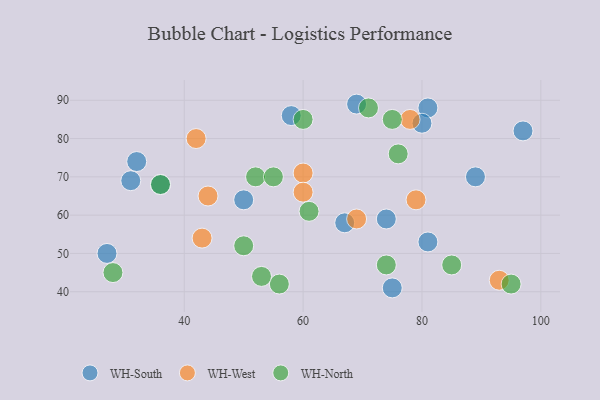
{"axis": {"x": "GDP", "y": "Life Expectancy"}, "legend": ["WH-North", "WH-South", "WH-West"], "data": [{"x": "67", "y": 58, "type": "WH-South"}, {"x": "81", "y": 88, "type": "WH-South"}, {"x": "75", "y": 41, "type": "WH-South"}, {"x": "69", "y": 89, "type": "WH-South"}, {"x": "27", "y": 50, "type": "WH-South"}, {"x": "89", "y": 70, "type": "WH-South"}, {"x": "36", "y": 68, "type": "WH-South"}, {"x": "80", "y": 84, "type": "WH-South"}, {"x": "58", "y": 86, "type": "WH-South"}, {"x": "81", "y": 53, "type": "WH-South"}, {"x": "31", "y": 69, "type": "WH-South"}, {"x": "50", "y": 64, "type": "WH-South"}, {"x": "97", "y": 82, "type": "WH-South"}, {"x": "32", "y": 74, "type": "WH-South"}, {"x": "74", "y": 59, "type": "WH-South"}, {"x": "79", "y": 64, "type": "WH-West"}, {"x": "93", "y": 43, "type": "WH-West"}, {"x": "60", "y": 71, "type": "WH-West"}, {"x": "42", "y": 80, "type": "WH-West"}, {"x": "44", "y": 65, "type": "WH-West"}, {"x": "60", "y": 66, "type": "WH-West"}, {"x": "69", "y": 59, "type": "WH-West"}, {"x": "43", "y": 54, "type": "WH-West"}, {"x": "78", "y": 85, "type": "WH-West"}, {"x": "85", "y": 47, "type": "WH-North"}, {"x": "36", "y": 68, "type": "WH-North"}, {"x": "61", "y": 61, "type": "WH-North"}, {"x": "60", "y": 85, "type": "WH-North"}, {"x": "75", "y": 85, "type": "WH-North"}, {"x": "56", "y": 42, "type": "WH-North"}, {"x": "71", "y": 88, "type": "WH-North"}, {"x": "50", "y": 52, "type": "WH-North"}, {"x": "53", "y": 44, "type": "WH-North"}, {"x": "28", "y": 45, "type": "WH-North"}, {"x": "76", "y": 76, "type": "WH-North"}, {"x": "52", "y": 70, "type": "WH-North"}, {"x": "55", "y": 70, "type": "WH-North"}, {"x": "95", "y": 42, "type": "WH-North"}, {"x": "74", "y": 47, "type": "WH-North"}]}